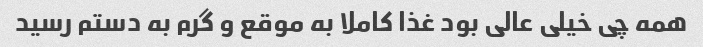
همه چی خیلی عالی بود غذا کاملا به موقع و گرم به دستم رسید